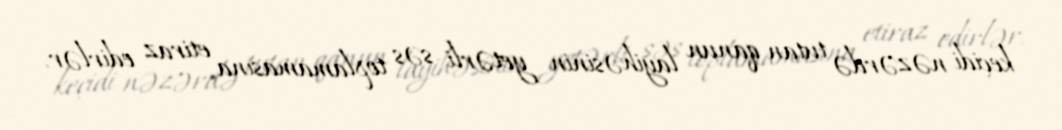
keçidi nəzərdə tutan qanun layihəsinin yetərli səs toplamamasına etiraz edirlər.